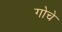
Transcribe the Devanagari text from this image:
गोचे